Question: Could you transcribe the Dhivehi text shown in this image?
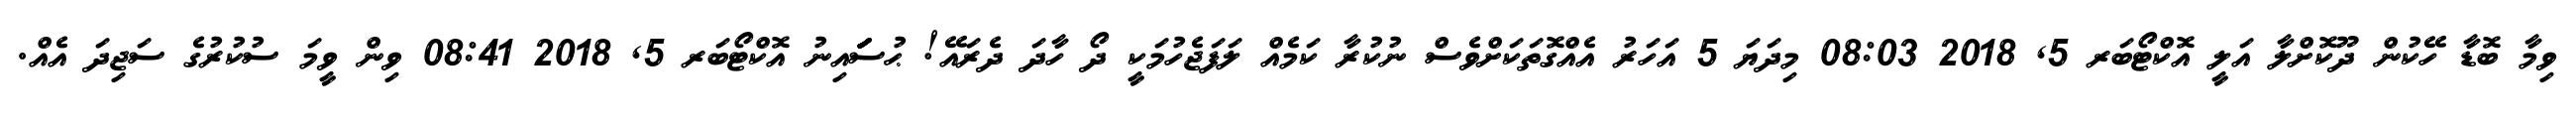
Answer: ވިމާ ބޮޑާ ހޭކުން ދޫކޮށްލާ އަލީ އޮކްޓޯބަރ 5, 2018 08:03 މިދަޔަ 5 އަހަރު އެއްގޮތަކަށްވެސް ނުކުރާ ކަމެއް ލަފަޖެހުމަކީ ދޯ ހާދަ ދެރައޭ! ޙުސަަަަަަަައިނު އޮކްޓޯބަރ 5, 2018 08:41 ވިން ވީމަ ސުކުރުގެ ސަޖިދަ އެއް.